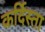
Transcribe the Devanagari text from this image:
कर्दिस्ता